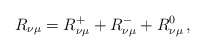
\begin{align*}R_{\nu\mu} = R_{\nu\mu}^+ + R_{\nu\mu}^- + R_{\nu\mu}^0\,,\end{align*}